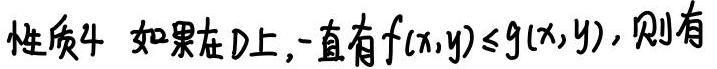
性质4 如果在$D$上，一直有$f(x,y)\leq g(x,y)$，则有